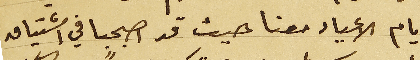
أيام الاعياد معنا حيث قد اصبحبا في اشتياق